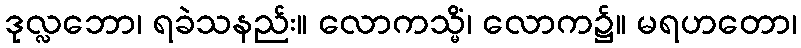
ဒုလ္လဘော၊ ရခဲသနည်း။ လောကသ္မိံ၊ လောက၌။ မရဟတော၊